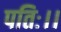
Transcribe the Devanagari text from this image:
पतिः।।